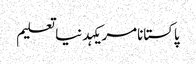
پاکستانامریکہدنیاتعلیم